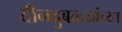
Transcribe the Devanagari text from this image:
दीनदुबळ्यांच्या